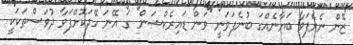
ޒޭން ނެރެފަވާ ބަޔާނެއްގަ ބުނެފަވަނީ ''ވަން ޑައިރެކްޝަން'' ގަ އޭނަ ހޭދަކޮށްފަވާ ދުވަސްތަކަކީ